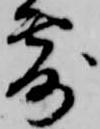
露